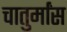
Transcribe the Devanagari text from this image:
चातुर्मांस